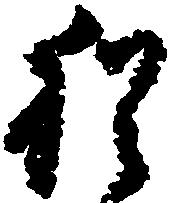
猶